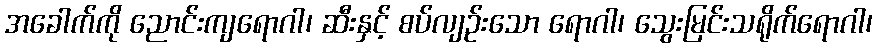
အခေါက်ကို ညောင်းကျရောဂါ၊ ဆီးနှင့် စပ်လျဉ်းသော ရောဂါ၊ သွေးမြင်းသရိုက်ရောဂါ၊